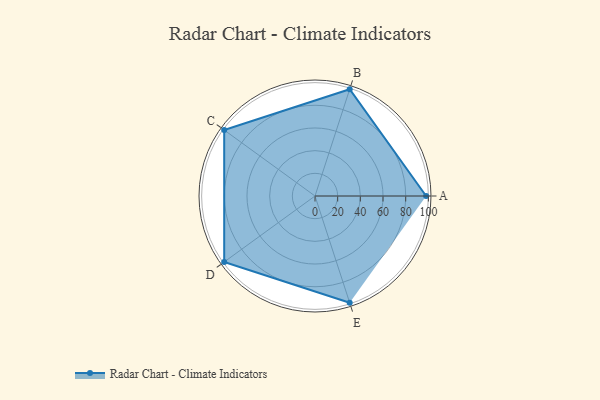
{"axis": {"x": "Skill", "y": "Score"}, "legend": ["Profile"], "data": [{"x": "A", "y": 98.0, "type": "Profile"}, {"x": "B", "y": 99, "type": "Profile"}, {"x": "C", "y": 99, "type": "Profile"}, {"x": "D", "y": 99, "type": "Profile"}, {"x": "E", "y": 99, "type": "Profile"}]}